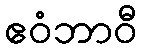
ဧဝံဘာဝီ